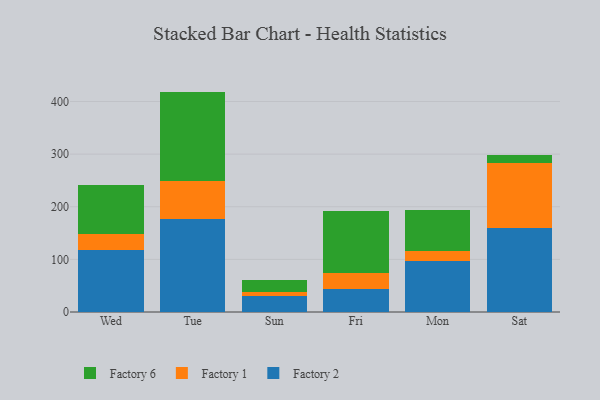
{"axis": {"x": "Day", "y": "Energy Usage (MWh)"}, "legend": ["Factory 1", "Factory 2", "Factory 6"], "data": [{"x": "Wed", "y": 118.1, "type": "Factory 2"}, {"x": "Wed", "y": 29.4, "type": "Factory 1"}, {"x": "Wed", "y": 93.5, "type": "Factory 6"}, {"x": "Tue", "y": 176.1, "type": "Factory 2"}, {"x": "Tue", "y": 73.1, "type": "Factory 1"}, {"x": "Tue", "y": 169.6, "type": "Factory 6"}, {"x": "Sun", "y": 30.4, "type": "Factory 2"}, {"x": "Sun", "y": 7.1, "type": "Factory 1"}, {"x": "Sun", "y": 23.3, "type": "Factory 6"}, {"x": "Fri", "y": 42.9, "type": "Factory 2"}, {"x": "Fri", "y": 30.6, "type": "Factory 1"}, {"x": "Fri", "y": 119.1, "type": "Factory 6"}, {"x": "Mon", "y": 96.7, "type": "Factory 2"}, {"x": "Mon", "y": 20.1, "type": "Factory 1"}, {"x": "Mon", "y": 76.2, "type": "Factory 6"}, {"x": "Sat", "y": 158.9, "type": "Factory 2"}, {"x": "Sat", "y": 125.0, "type": "Factory 1"}, {"x": "Sat", "y": 14.4, "type": "Factory 6"}]}